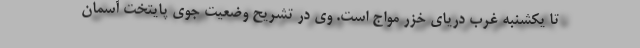
تا یکشنبه غرب دریای خزر مواج است. وی در تشریح وضعیت جوی پایتخت آسمان